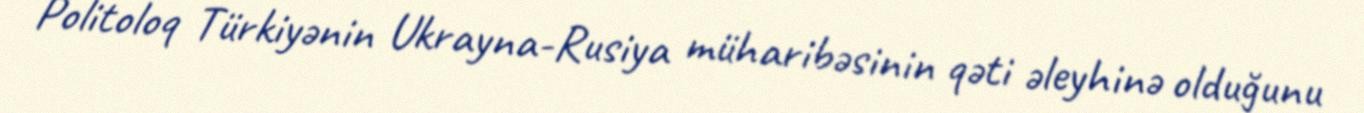
Politoloq Türkiyənin Ukrayna-Rusiya müharibəsinin qəti əleyhinə olduğunu